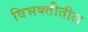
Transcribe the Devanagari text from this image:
विभक्तीतील